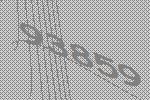
93859